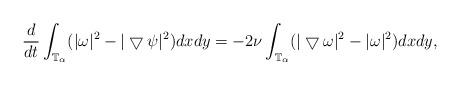
LaTeX: \begin{align*}\frac{d}{dt}\int_{\mathbb{T}_{\alpha}}(|\omega|^{2}-|\bigtriangledown\psi|^{2})dxdy=-2\nu\int_{\mathbb{T}_{\alpha}}(|\bigtriangledown\omega|^{2}-|\omega|^{2})dxdy, \end{align*}